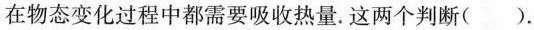
在物态变化过程中都需要吸收热量.这两个判断( ).